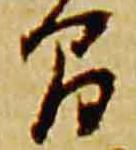
間